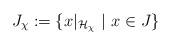
LaTeX: \begin{align*}J_\chi:=\{x\vert_{\mathcal{H}_\chi}\,\, | \,\, x\in J\}\end{align*}